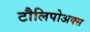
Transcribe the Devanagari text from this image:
टौलिपोअक्स